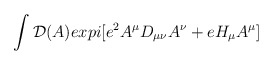
\begin{align*}\int{\cal D}(A)expi[e^2A^\mu D_{\mu\nu}A^\nu+eH_\mu A^\mu]\end{align*}